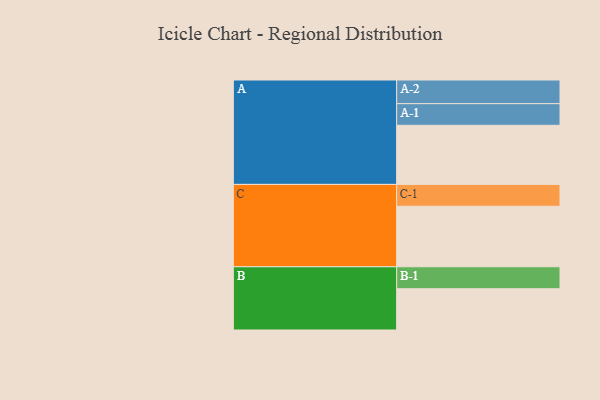
{"axis": {"x": "Segment", "y": "Value"}, "legend": ["", "A", "B", "C"], "data": [{"x": "A", "y": 557, "type": ""}, {"x": "B", "y": 389, "type": ""}, {"x": "C", "y": 570, "type": ""}, {"x": "A-1", "y": 204, "type": "A"}, {"x": "A-2", "y": 223, "type": "A"}, {"x": "B-1", "y": 207, "type": "B"}, {"x": "C-1", "y": 206, "type": "C"}]}